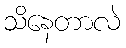
သိနေတာလဲ